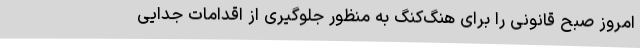
امروز صبح قانونی را برای هنگ‌کنگ به منظور جلوگیری از اقدامات جدایی